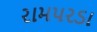
રામપરડા